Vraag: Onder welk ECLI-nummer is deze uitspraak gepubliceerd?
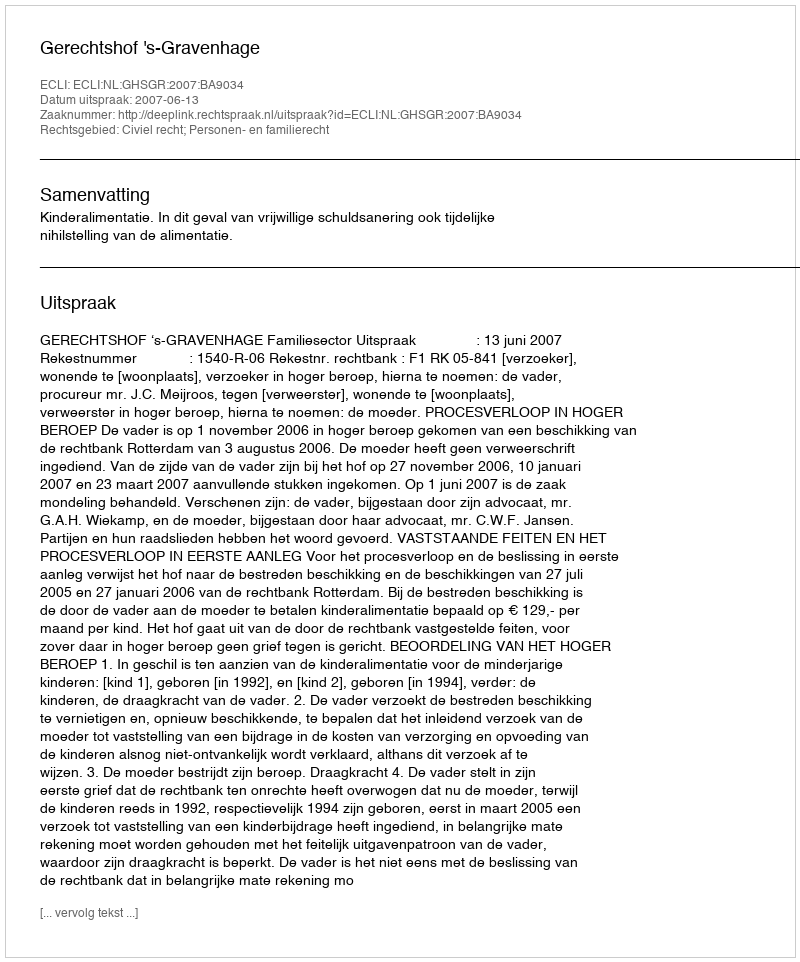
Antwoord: ECLI:NL:GHSGR:2007:BA9034